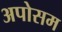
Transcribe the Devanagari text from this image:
अपोसम